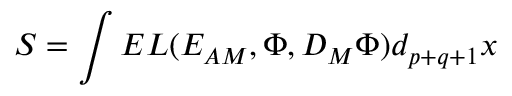
S = \int E L ( { E _ { A M } } , \Phi , { D _ { M } \Phi } ) d _ { p + q + 1 } x